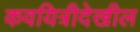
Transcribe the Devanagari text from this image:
कवयित्रीदेखील